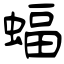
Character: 蝠